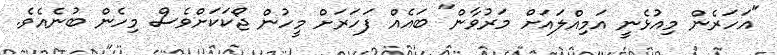
"އަހަރެން މިއުޅެނީ އަމިއްލައަށް މަރުވާން" ބައެއް ފަހަރަށް މީހުން ޖޯކަކަށްވެސް މިހެން ބުނެއެވެ.